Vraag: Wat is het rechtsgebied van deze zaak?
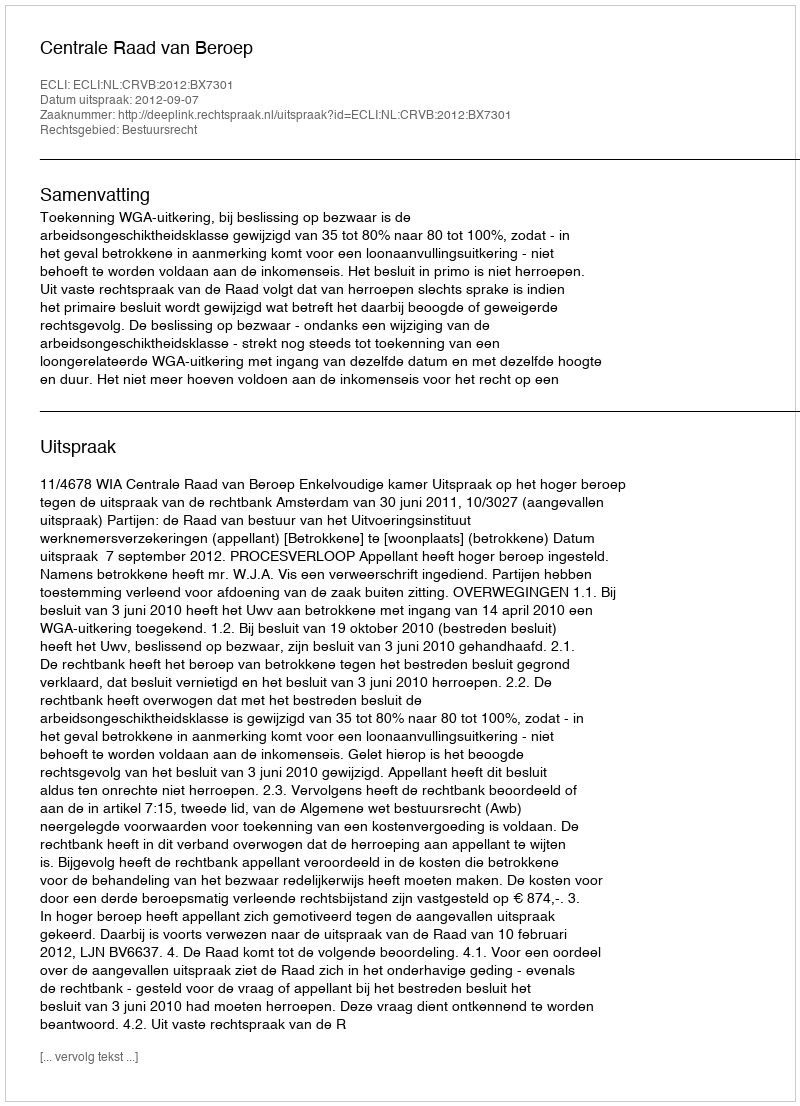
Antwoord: Bestuursrecht